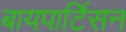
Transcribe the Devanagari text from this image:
बायपार्टिसन